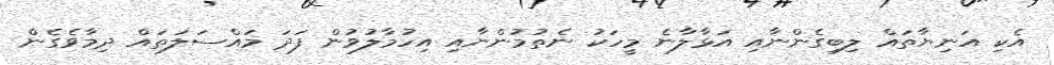
އެކި އަނިޔާތައް ލިބިގެންނާއި އަޅާލާނެ މީހަކު ނެތުމުންނާއި އިހުމާލުވުން ފަދަ މައްސަލަތައް ދިމާވެގެން